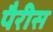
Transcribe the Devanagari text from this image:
पैरीस